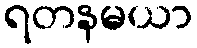
ရတနမယာ